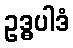
ဥဒ္ဓပါဒံ